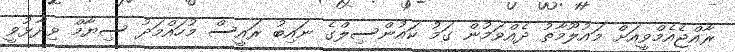
ރާއްޖެއެމްވީއަށް މައުލޫމާތު ދެއްވަމުން ގަމު ކައުންސިލްގެ ނައިބު ރައީސް މުހައްމަދު ސިޔާމް ވިދާޅުވީ